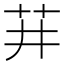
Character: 𬜣